Scientific memoirs by medical officers of the Army of India - Part X,
Year: 1897
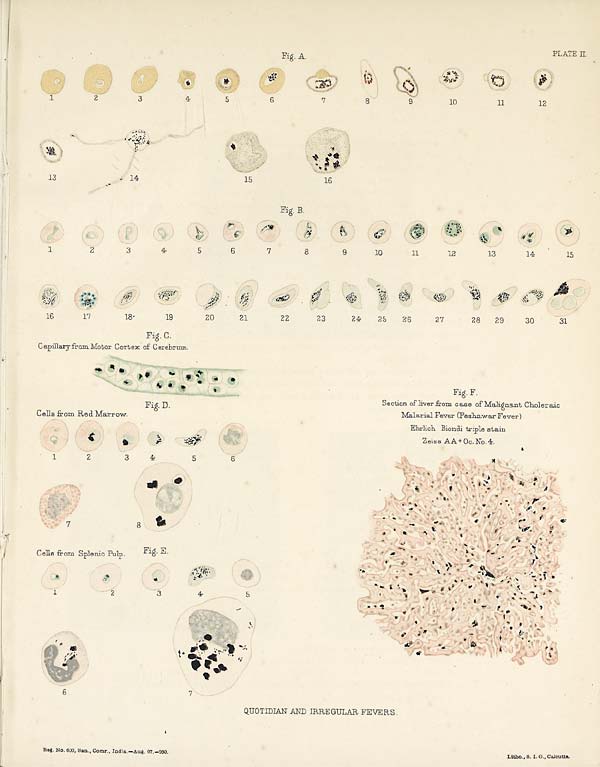
PLATE II.
QUOTIDIAN AND IRREGULAR FEVERS.
Reg. No. 600, San., Comr., India.—Aug. 97.—250.
Litho., S. I. O., Calcutta.